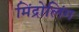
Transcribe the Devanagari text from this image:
मिंद्रोलिंग